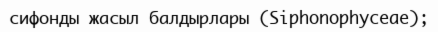
сифонды жасыл балдырлары (Sіphonophyceae);